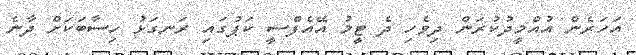
އަހަރެން އުއްމީދުކުރަން ދިވެހި ދެ ޓީމު އޭއެފްސީ ކަޕުގައި ރަނގަޅު ހިސާބަކަށް ދާނެ